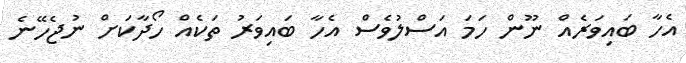
އެހާ ބައިވަރެއް ނޫން ހަމަ އަސްލުވެސް އެހާ ބައިވަރު ތަކެއް ހޯދާކަށް ނުޖެހޭނެ